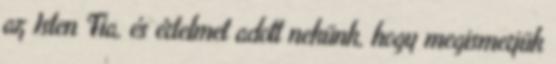
az Isten Fia, és értelmet adott nekünk, hogy megismerjük